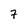
Character: 7